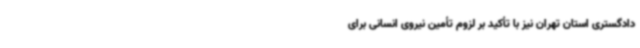
دادگستری استان تهران نیز با تأکید بر لزوم تأمین نیروی انسانی برای